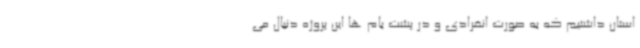
استان داشتیم که به صورت انفرادی و در پشت بام ها این پروژه دنبال می